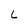
Character: L